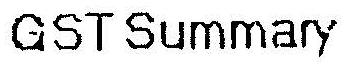
GST SUMMARY